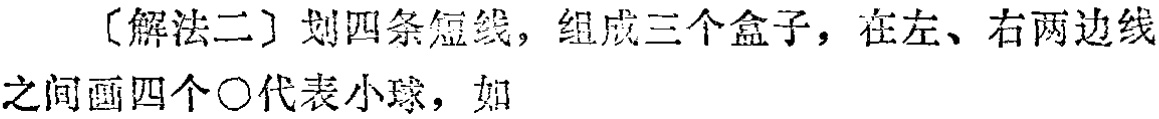
〔解法二〕划四条短线，组成三个盒子，在左、右两边线之间画四个\(\bigcirc\)代表小球，如